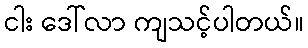
ငါး ဒေါ်လာ ကျသင့်ပါတယ်။